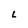
Character: L